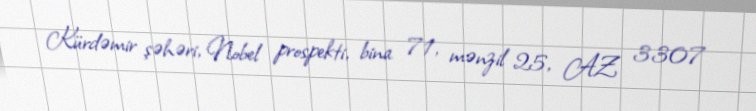
Kürdəmir şəhəri, Nobel prospekti, bina 71, mənzil 25, AZ 3307